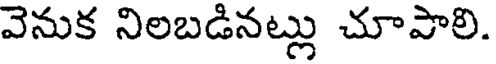
వెనుక నిలబడినట్లు చూపాలి.